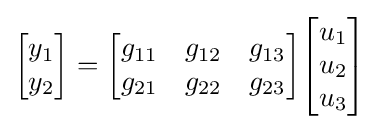
{\begin{bmatrix}y_{1}\\y_{2}\end{bmatrix}}={\begin{bmatrix}g_{11}&g_{12}&g_{13}\\g_{21}&g_{22}&g_{23}\end{bmatrix}}{\begin{bmatrix}u_{1}\\u_{2}\\u_{3}\end{bmatrix}}